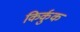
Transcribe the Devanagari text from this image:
किर्कुक